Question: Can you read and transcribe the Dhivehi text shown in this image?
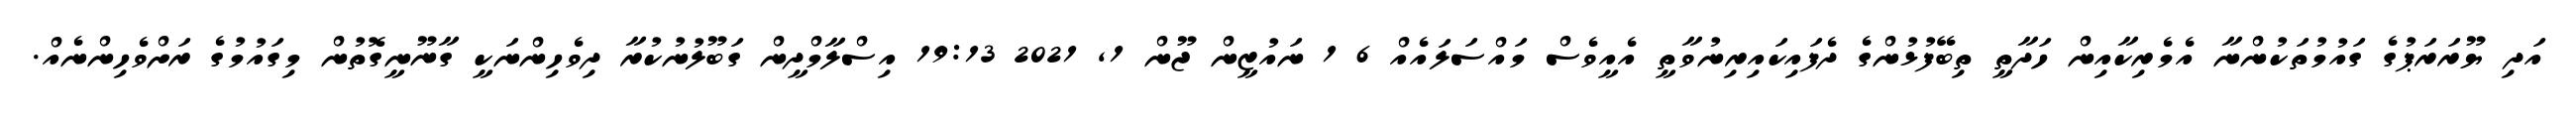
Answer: އަދި ޔޫރަރަޕުގެ ގައުމުތަކުންނާ އެމެރިކާއިން ހަދާތީ ތިބޭފުޅުންގެ ދެފައިކައިރިނުވާތީ އެއީވެސް މައްސަލައެއް 6 1 ނައުޒީން ޖޫން 1, 2021 19:13 އިސްލާމްދީން ގަބޫލުނުކުރާ ދިވެހިންނަކީ ގާނޫނީގޮތުން މިގައުމުގެ ރަށްވެހިންނެއް.